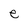
Character: e